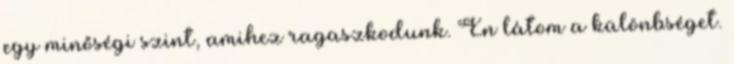
egy minőségi szint, amihez ragaszkodunk. Én látom a különbséget.